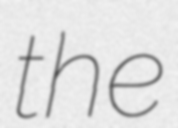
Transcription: the